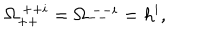
LaTeX: \Omega _ { + + } ^ { ~ + + i } = \Omega _ { -- } ^ { ~ -- i } = h ^ { i } ,